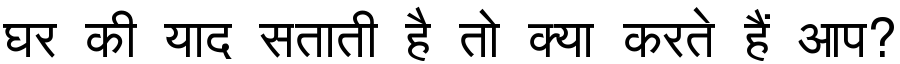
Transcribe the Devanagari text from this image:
घर की याद सताती है तो क्या करते हैं आप?